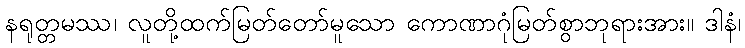
နရုတ္တမဿ၊ လူတို့ထက်မြတ်တော်မူသော ကောဏာဂုံမြတ်စွာဘုရားအား။ ဒါနံ၊